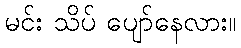
မင်း သိပ် ပျော်နေလား။